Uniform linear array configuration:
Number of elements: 48
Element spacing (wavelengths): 1
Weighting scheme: uniform
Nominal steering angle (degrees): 45
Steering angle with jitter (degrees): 46.733
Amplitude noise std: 0.05
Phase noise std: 0.05

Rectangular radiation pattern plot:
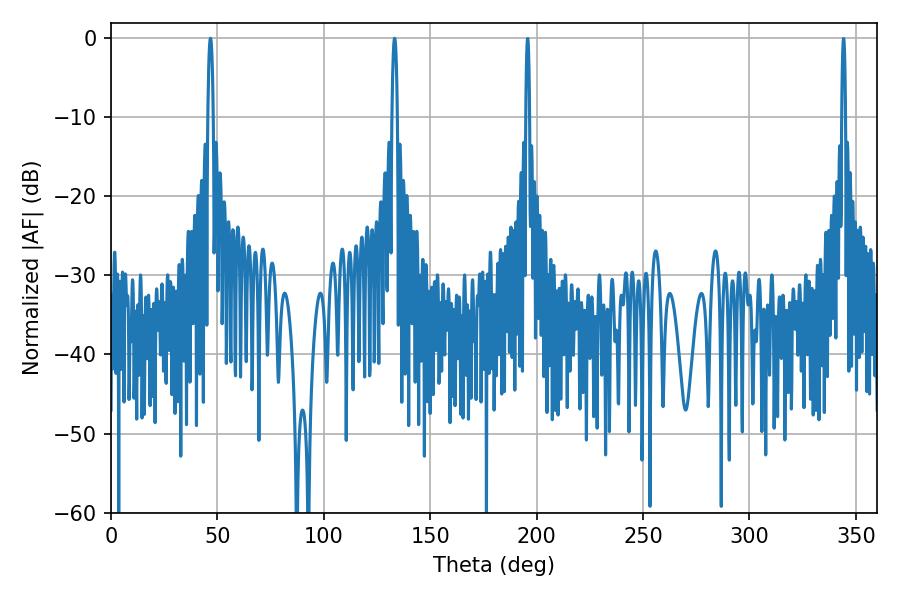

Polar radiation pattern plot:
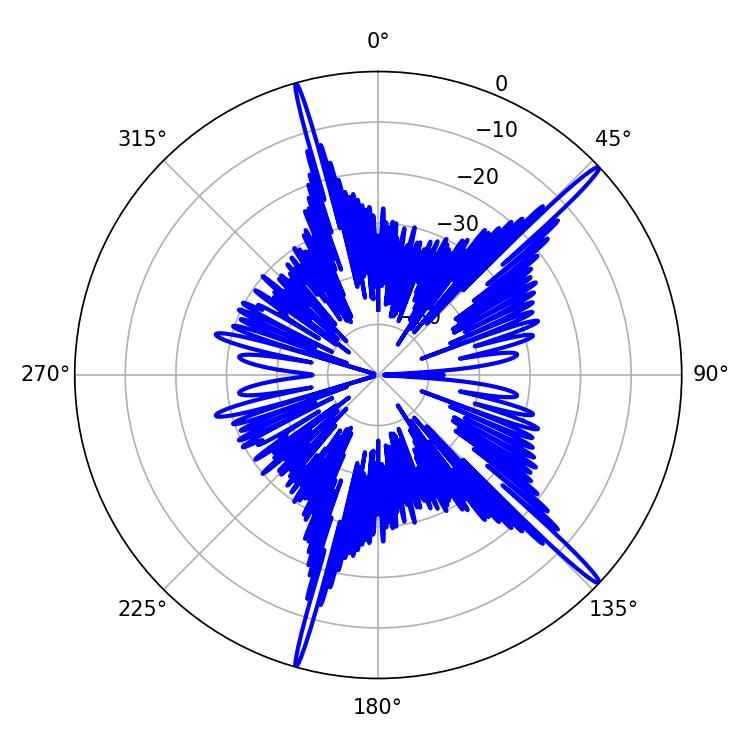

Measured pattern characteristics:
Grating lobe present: TRUE
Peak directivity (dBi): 17.913
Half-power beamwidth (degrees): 1.26
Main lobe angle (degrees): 133.2